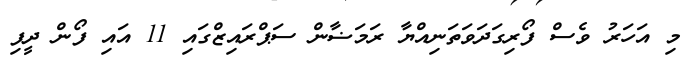
މި އަހަރު ވެސް ފޯރިގަދަވަތަނިއްޔާ ރަމަޟާން ސަޕްރައިޒްގައި 11 އައި ފޯން ދީފި